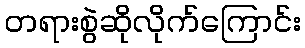
တရားစွဲဆိုလိုက်ကြောင်း